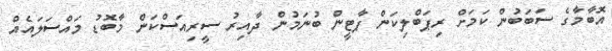
އޮބާމާގެ ސަބަބުން ކަމަށް ރިޕަބްލިކަން ޕާޓީން ބުނަމުން ދާއިރު ސީރިއަސްކަން މާބޮޑު މައްސަލައެއް